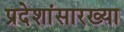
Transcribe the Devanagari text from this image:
प्रदेशांसारख्या